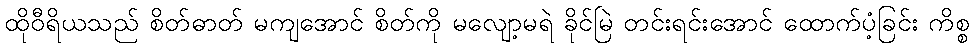
ထိုဝီရိယသည် စိတ်ဓာတ် မကျအောင် စိတ်ကို မလျော့မရဲ ခိုင်မြဲ တင်းရင်းအောင် ထောက်ပံ့ခြင်း ကိစ္စ